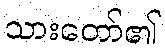
သားတော်၏